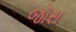
જૉસ